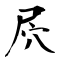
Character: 屄